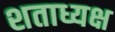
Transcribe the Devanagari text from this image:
शताध्यक्ष